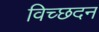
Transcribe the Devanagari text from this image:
विच्छदन